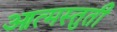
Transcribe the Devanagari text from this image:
आत्मस्तुती